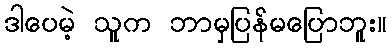
ဒါပေမဲ့ သူက ဘာမှပြန်မပြောဘူး။